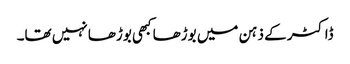
ڈاکٹر کے ذہن میں بوڑھا کبھی بوڑھا نہیں تھا۔